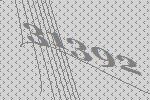
31392